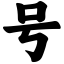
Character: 号